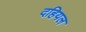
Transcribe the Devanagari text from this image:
दहियल